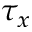
\tau _ { x }